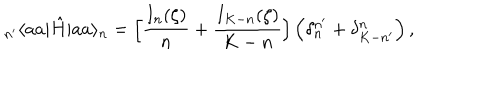
_ { n ^ { \prime } } \langle a a | \hat { H } | a a \rangle _ { n } = \Big [ \frac { I _ { n } ( \zeta ) } { n } + \frac { I _ { K - n } ( \zeta ) } { K - n } \Big ] \, \Big ( \delta _ { n } ^ { n ^ { \prime } } + \delta _ { K - n ^ { \prime } } ^ { n } \Big ) \, ,